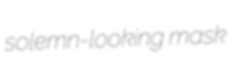
solemn-looking mask